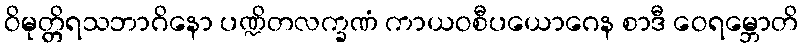
ဝိမုတ္တိရသဘာဂိနော ပဏ္ဍိတလက္ခဏံ ကာယဝစီပယောဂေန စာဒီ ဝေရမ္ဘောတိ